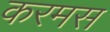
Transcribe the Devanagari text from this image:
करमस